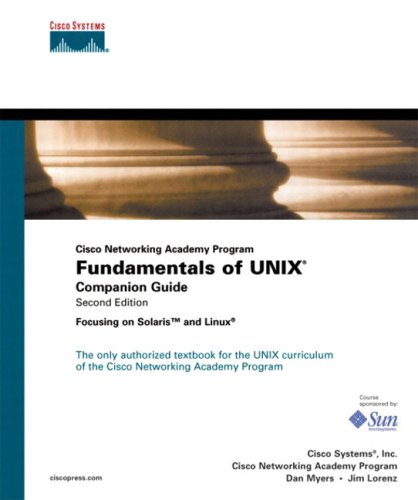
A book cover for Fundamentals of UNIX Companion Guide (Cisco Networking Academy Program) (2nd Edition); Cisco Systems Inc.; Computers & Technology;